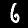
Label: 6